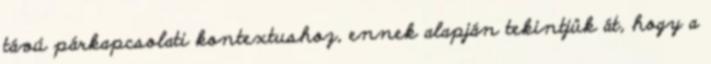
távú párkapcsolati kontextushoz, ennek alapján tekintjük át, hogy a